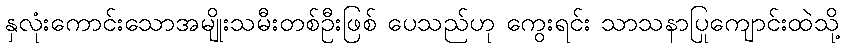
နှလုံးကောင်းသောအမျိုးသမီးတစ်ဦးဖြစ် ပေသည်ဟု ကွေးရင်း သာသနာပြုကျောင်းထဲသို့